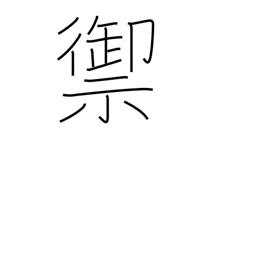
Meaning: resist